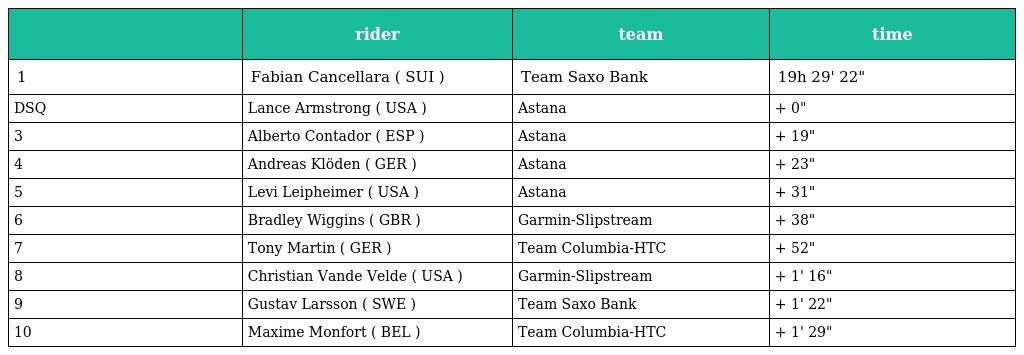
|  | rider | team | time |
 | --- | --- | --- | --- |
 | 1 | Fabian Cancellara ( SUI ) | Team Saxo Bank | 19h 29' 22" |
 | DSQ | Lance Armstrong ( USA ) | Astana | + 0" |
 | 3 | Alberto Contador ( ESP ) | Astana | + 19" |
 | 4 | Andreas Klöden ( GER ) | Astana | + 23" |
 | 5 | Levi Leipheimer ( USA ) | Astana | + 31" |
 | 6 | Bradley Wiggins ( GBR ) | Garmin-Slipstream | + 38" |
 | 7 | Tony Martin ( GER ) | Team Columbia-HTC | + 52" |
 | 8 | Christian Vande Velde ( USA ) | Garmin-Slipstream | + 1' 16" |
 | 9 | Gustav Larsson ( SWE ) | Team Saxo Bank | + 1' 22" |
 | 10 | Maxime Monfort ( BEL ) | Team Columbia-HTC | + 1' 29" |